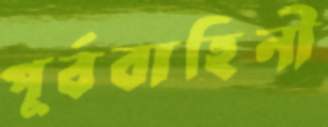
পূর্ববাহিনী